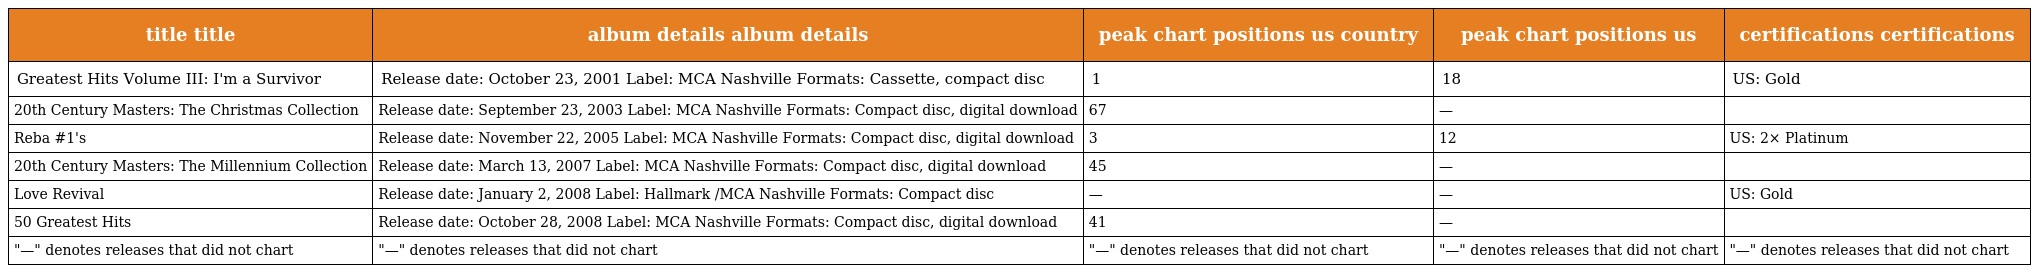
| title title | album details album details | peak chart positions us country | peak chart positions us | certifications certifications |
 | --- | --- | --- | --- | --- |
 | Greatest Hits Volume III: I'm a Survivor | Release date: October 23, 2001 Label: MCA Nashville Formats: Cassette, compact disc | 1 | 18 | US: Gold |
 | 20th Century Masters: The Christmas Collection | Release date: September 23, 2003 Label: MCA Nashville Formats: Compact disc, digital download | 67 | — |  |
 | Reba #1's | Release date: November 22, 2005 Label: MCA Nashville Formats: Compact disc, digital download | 3 | 12 | US: 2× Platinum |
 | 20th Century Masters: The Millennium Collection | Release date: March 13, 2007 Label: MCA Nashville Formats: Compact disc, digital download | 45 | — |  |
 | Love Revival | Release date: January 2, 2008 Label: Hallmark /MCA Nashville Formats: Compact disc | — | — | US: Gold |
 | 50 Greatest Hits | Release date: October 28, 2008 Label: MCA Nashville Formats: Compact disc, digital download | 41 | — |  |
 | "—" denotes releases that did not chart | "—" denotes releases that did not chart | "—" denotes releases that did not chart | "—" denotes releases that did not chart | "—" denotes releases that did not chart |